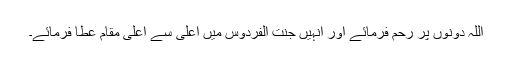
اللہ دونوں پر رحم فرمائے اور انہیں جنت الفردوس میں اعلی سے اعلی مقام عطا فرمائے۔